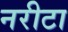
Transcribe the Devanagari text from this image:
नरीटा